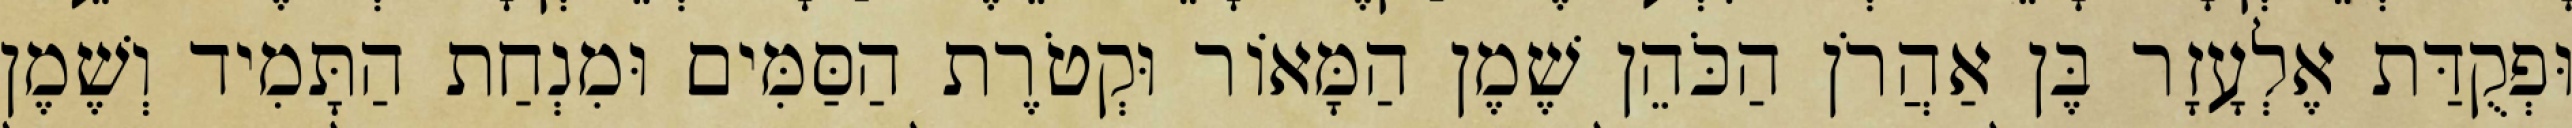
וּפְקֻדַּת אֶלְעָזָר בֶּן אַהֲרֹן הַכֹּהֵן שֶׁמֶן הַמָּאוֹר וּקְטֹרֶת הַסַּמִּים וּמִנְחַת הַתָּמִיד וְשֶׁמֶן